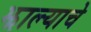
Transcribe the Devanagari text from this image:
झाल्‍याचे